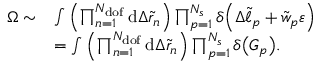
\begin{array} { r l } { \Omega \sim } & { \int { \left( \prod _ { n = 1 } ^ { N _ { \mathrm { d o f } } } { \mathrm { d } \Delta \tilde { r } _ { n } } \right) \prod _ { p = 1 } ^ { N _ { s } } { \delta \Big ( \Delta \tilde { \ell } _ { p } + \tilde { w } _ { p } \varepsilon \Big ) } } } \\ & { = \int { \left( \prod _ { n = 1 } ^ { N _ { \mathrm { d o f } } } { \mathrm { d } \Delta \tilde { r } _ { n } } \right) \prod _ { p = 1 } ^ { N _ { s } } { \delta \big ( G _ { p } \big ) } } . } \end{array}